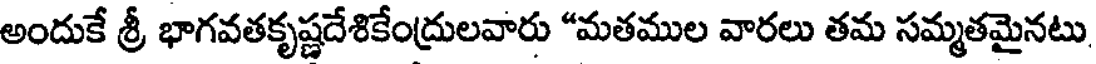
అందుకే శ్రీ భాగవతకృష్ణదేశికేంద్రులవారు "మతముల వారలు తమ సమ్మతమైనటు